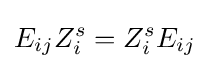
E_{ij}Z_{i}^{s}=Z_{i}^{s}E_{ij}